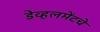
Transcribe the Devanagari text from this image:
डेव्हलमेंटचे